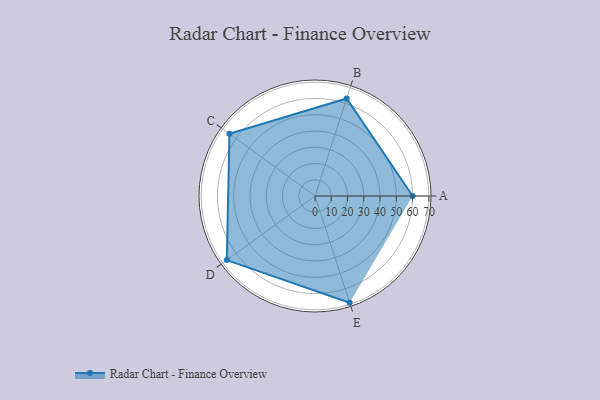
{"axis": {"x": "Skill", "y": "Score"}, "legend": ["Profile"], "data": [{"x": "A", "y": 60.0, "type": "Profile"}, {"x": "B", "y": 63.0, "type": "Profile"}, {"x": "C", "y": 65.0, "type": "Profile"}, {"x": "D", "y": 67.0, "type": "Profile"}, {"x": "E", "y": 69.0, "type": "Profile"}]}